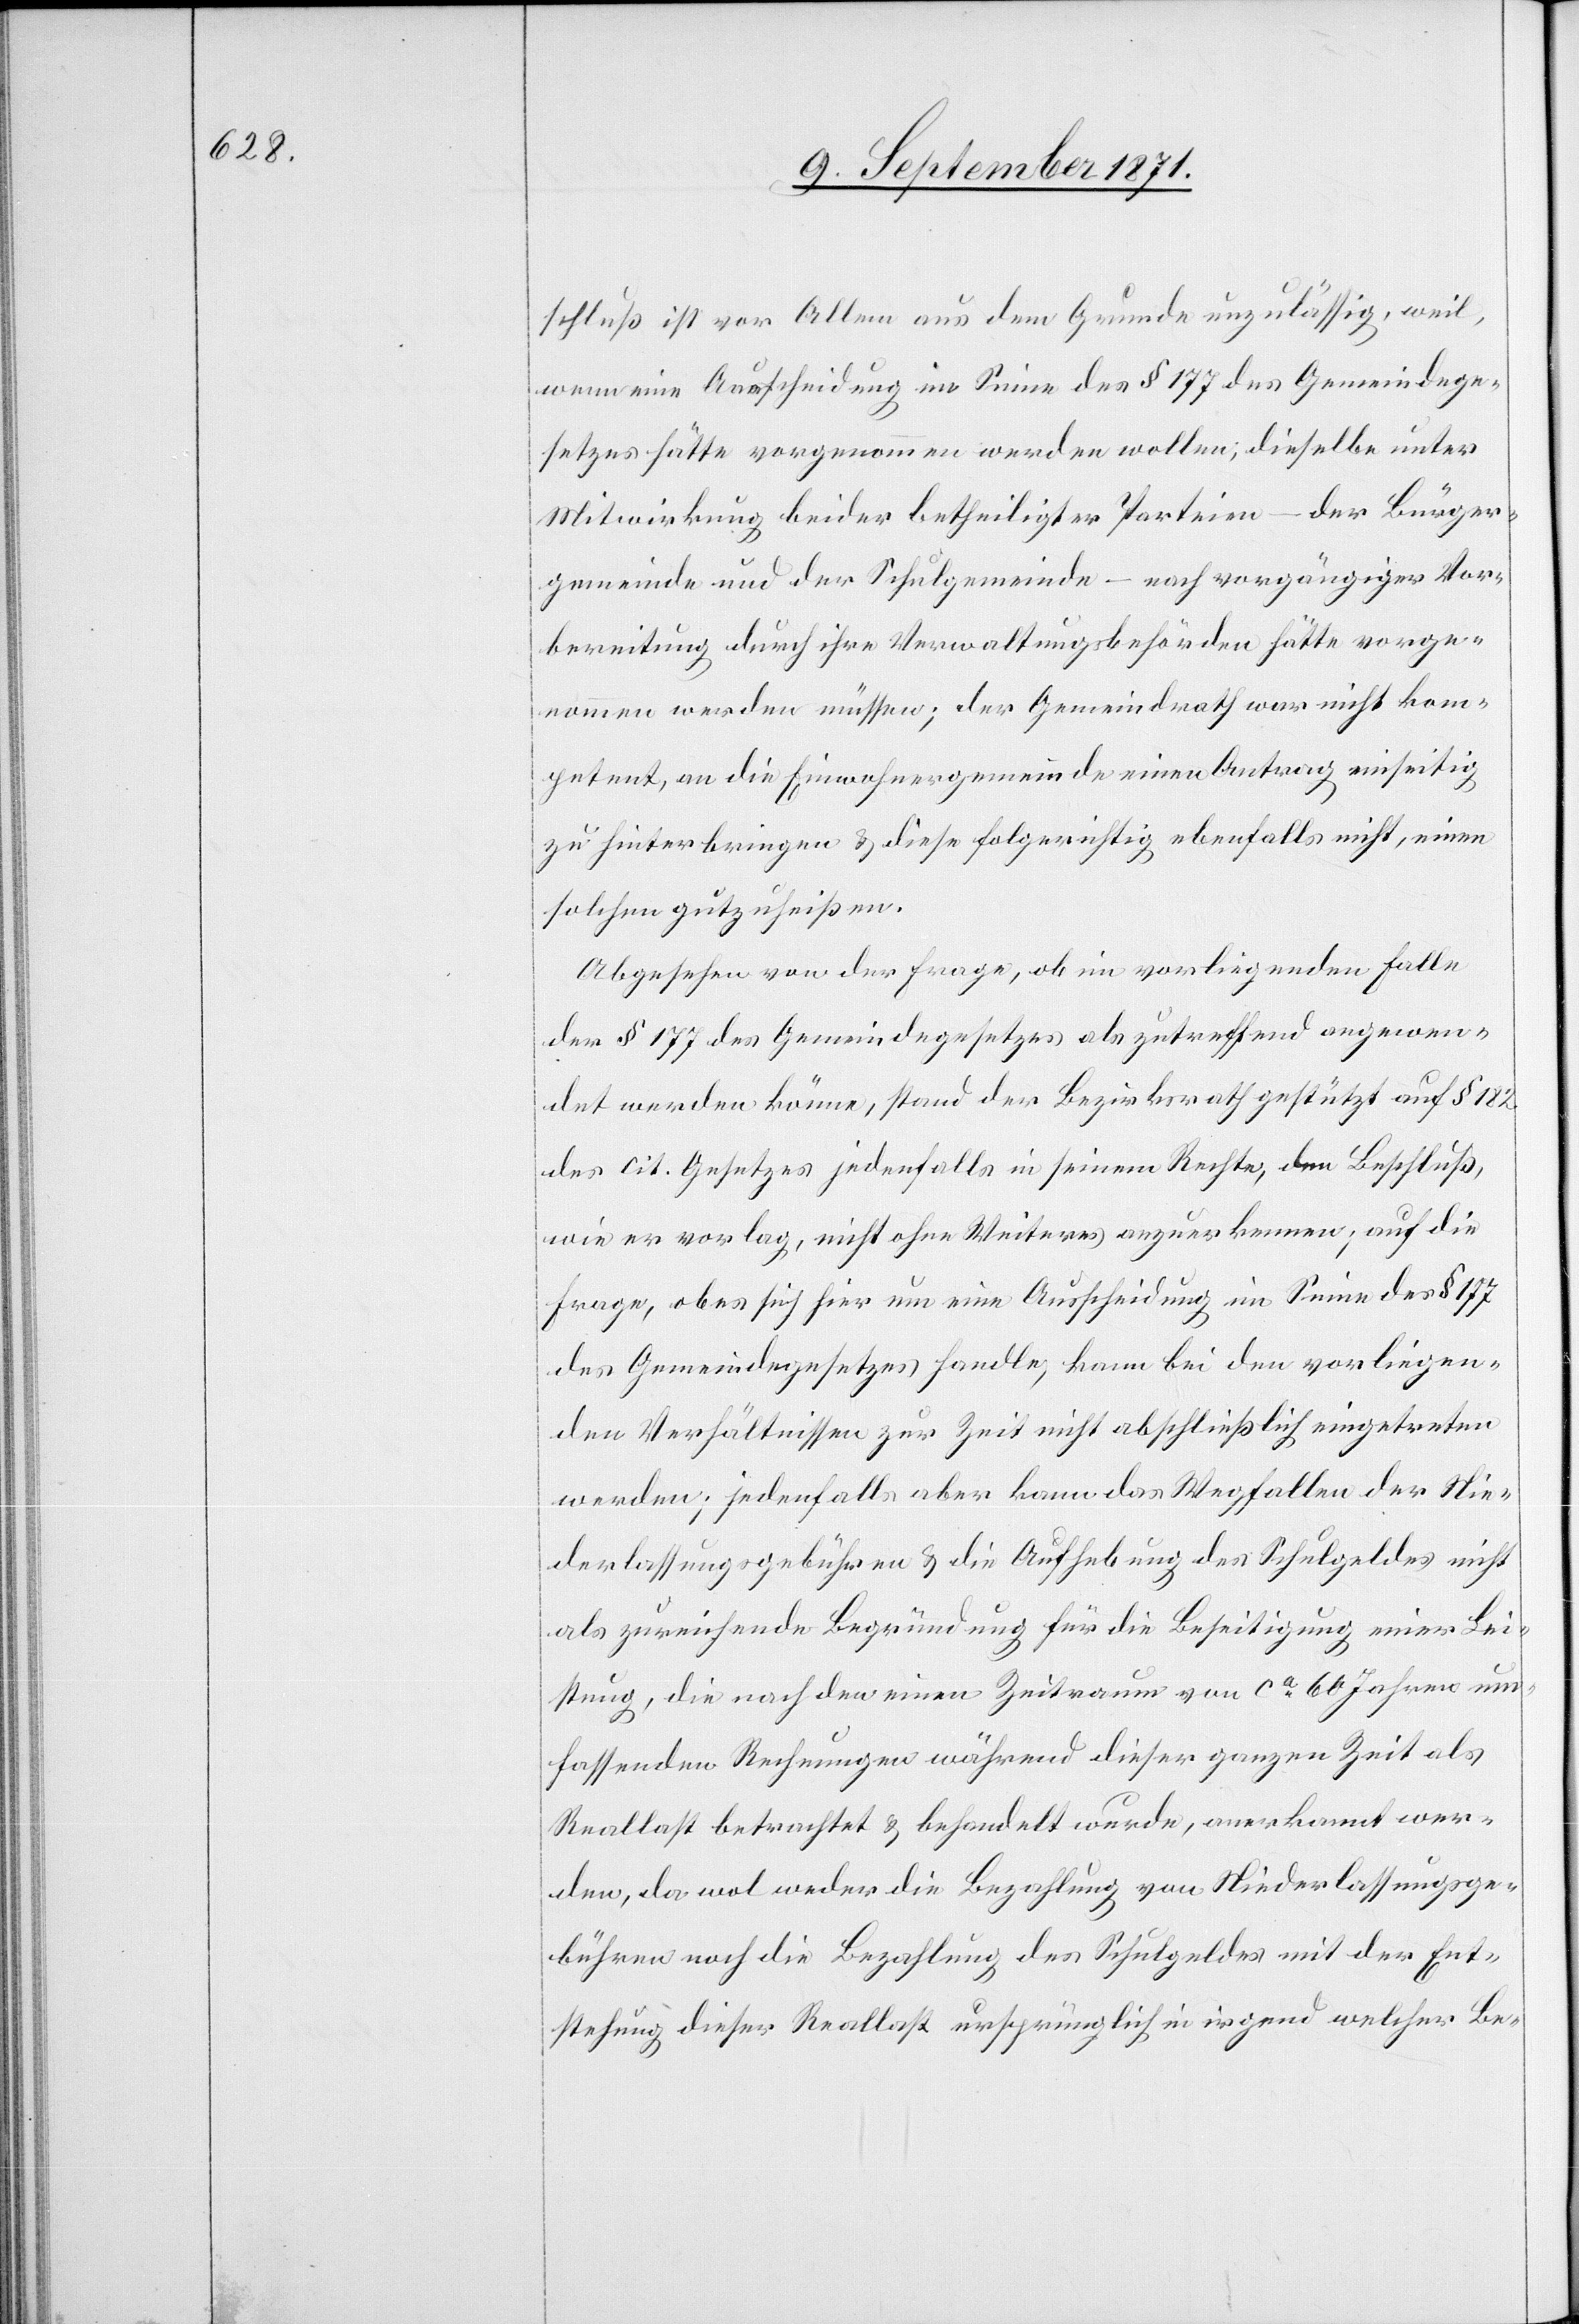
schluß ist vor Allem aus dem Grunde unzulässig, weil,
wenn eine Ausscheidung im Sinne des § 177 des Gemeindege¬
setzes hätte vorgenommen werden wollen; dieselbe unter
Mitwirkung beider betheiligter Parteien – der Bürger¬
gemeinde und der Schulgemeinde – nach vorgängiger Vor¬
bereitung durch ihre Verwaltungsbehörden hätte vorge¬
nommen werden müssen, der Gemeindrath war nicht kom¬
petent, an die Einwohnergemeinde einen Antrag einseitig
zu hinterbringen & diese folgerichtig ebenfalls nicht, einen
solchen gutzuheißen.
Abgesehen von der Frage, ob in vorliegendem Falle
der § 177 des Gemeindegesetzes als zutreffend angewen¬
det werden könne, stand der Bezirksrath gestützt auf § 182
des cit. Gesetzes jedenfalls in seinem Rechte, den Beschluß,
wie er vorlag, nicht ohne Weiteres anzuerkennen; auf die
Frage, ob es sich hier um eine Ausscheidung im Sinne des § 177
des Gemeindegesetzes handle, kann bei den vorliegen¬
den Verhältnissen zur Zeit nicht abschließlich eingetreten
werden; jedenfalls aber kann das Wegfallen der Nie¬
derlassungsgebühren & die Aufhebung des Schulgeldes nicht
als zureichende Begründung für die Beseitigung einer Lei¬
stung, die nach den einen Zeitraum von ca 60 Jahren um¬
fassenden Rechnungen während dieser ganzen Zeit als
Reallast betrachtet & behandelt wurde, anerkannt wer¬
den, da wol weder die Bezahlung von Niederlassungsge¬
bühren noch die Bezahlung des Schulgeldes mit der Ent¬
stehung dieser Reallast ursprünglich in irgend welcher Be-